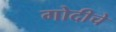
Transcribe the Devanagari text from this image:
गोदीचे